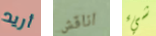
أريد اناقش شيء